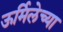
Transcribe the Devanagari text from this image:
ऊर्मिलेच्या